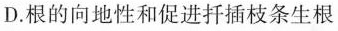
D.根的向地性和促进扦插枝条生根